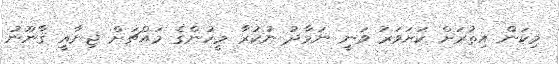
މިކަން އިތުރަށް ކަށަވަރު ވަނީ ނަމާދު ނުކުރާ މީހުންގެ މައްޗަށް ޖިނާއީ ޤާނޫނު